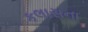
કલાસના